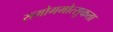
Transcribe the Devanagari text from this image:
समोगमोत्सुकता